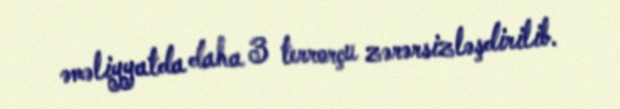
əməliyyatda daha 3 terrorçu zərərsizləşdirilib.